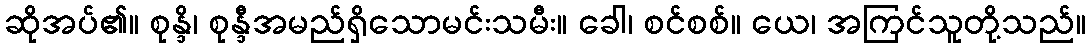
ဆိုအပ်၏။ စုန္ဒိ၊ စုန္ဒီအမည်ရှိသောမင်းသမီး။ ခေါ၊ စင်စစ်။ ယေ၊ အကြင်သူတို့သည်။